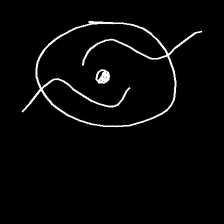
Glyph: repetition